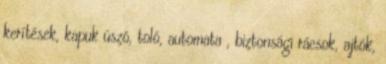
kerítések, kapuk úszó, toló, automata , biztonsági rácsok, ajtók,